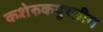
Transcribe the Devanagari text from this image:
कशेरुकपुच्छीय